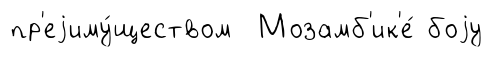
пр'еjиму́ществом Мозамб'ик'е́ боjу